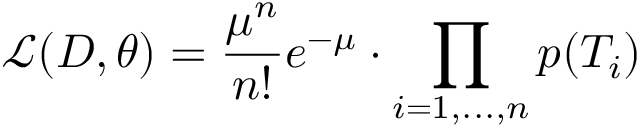
\mathcal { L } ( D , \theta ) = \frac { \mu ^ { n } } { n ! } e ^ { - \mu } \cdot \prod _ { i = 1 , . . . , n } p ( T _ { i } )